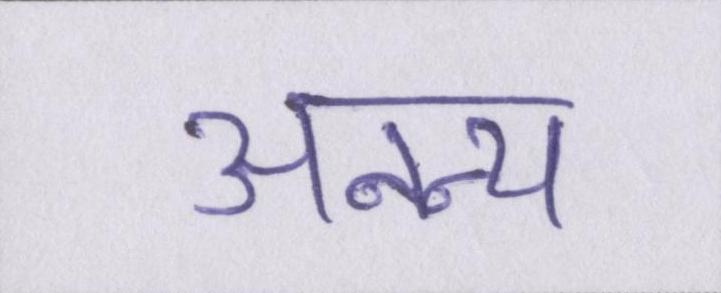
अनन्य